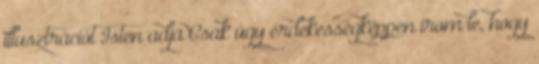
illusztrációt Isten adja Csak úgy érdekességképpen írom le, hogy